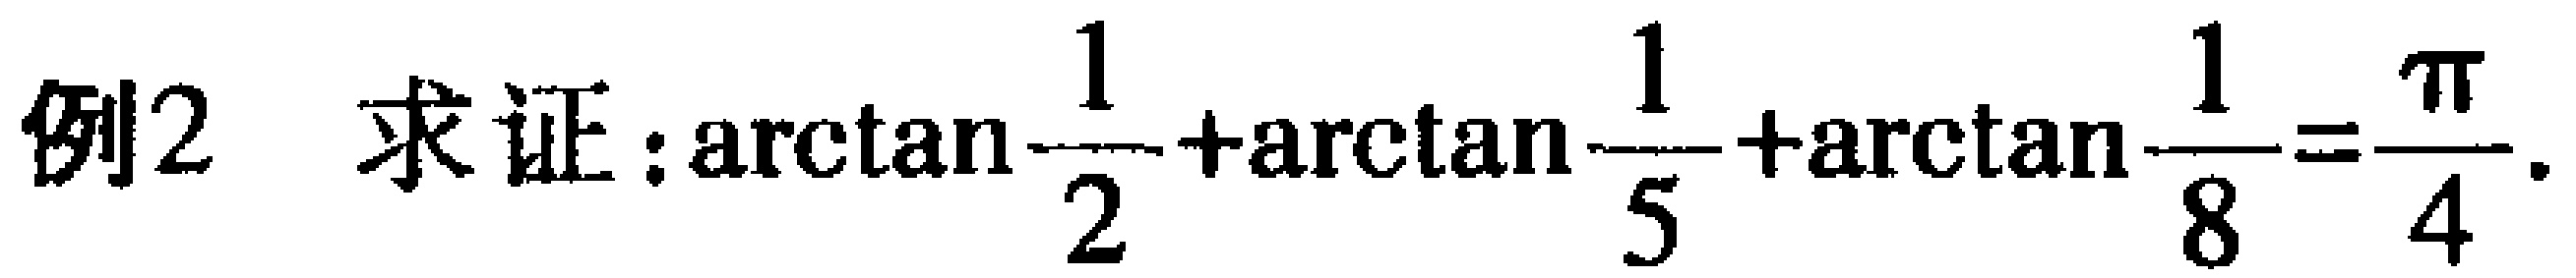
例2 求证：$\arctan\frac{1}{2}+\arctan\frac{1}{5}+\arctan\frac{1}{8}=\frac{\pi}{4}$.